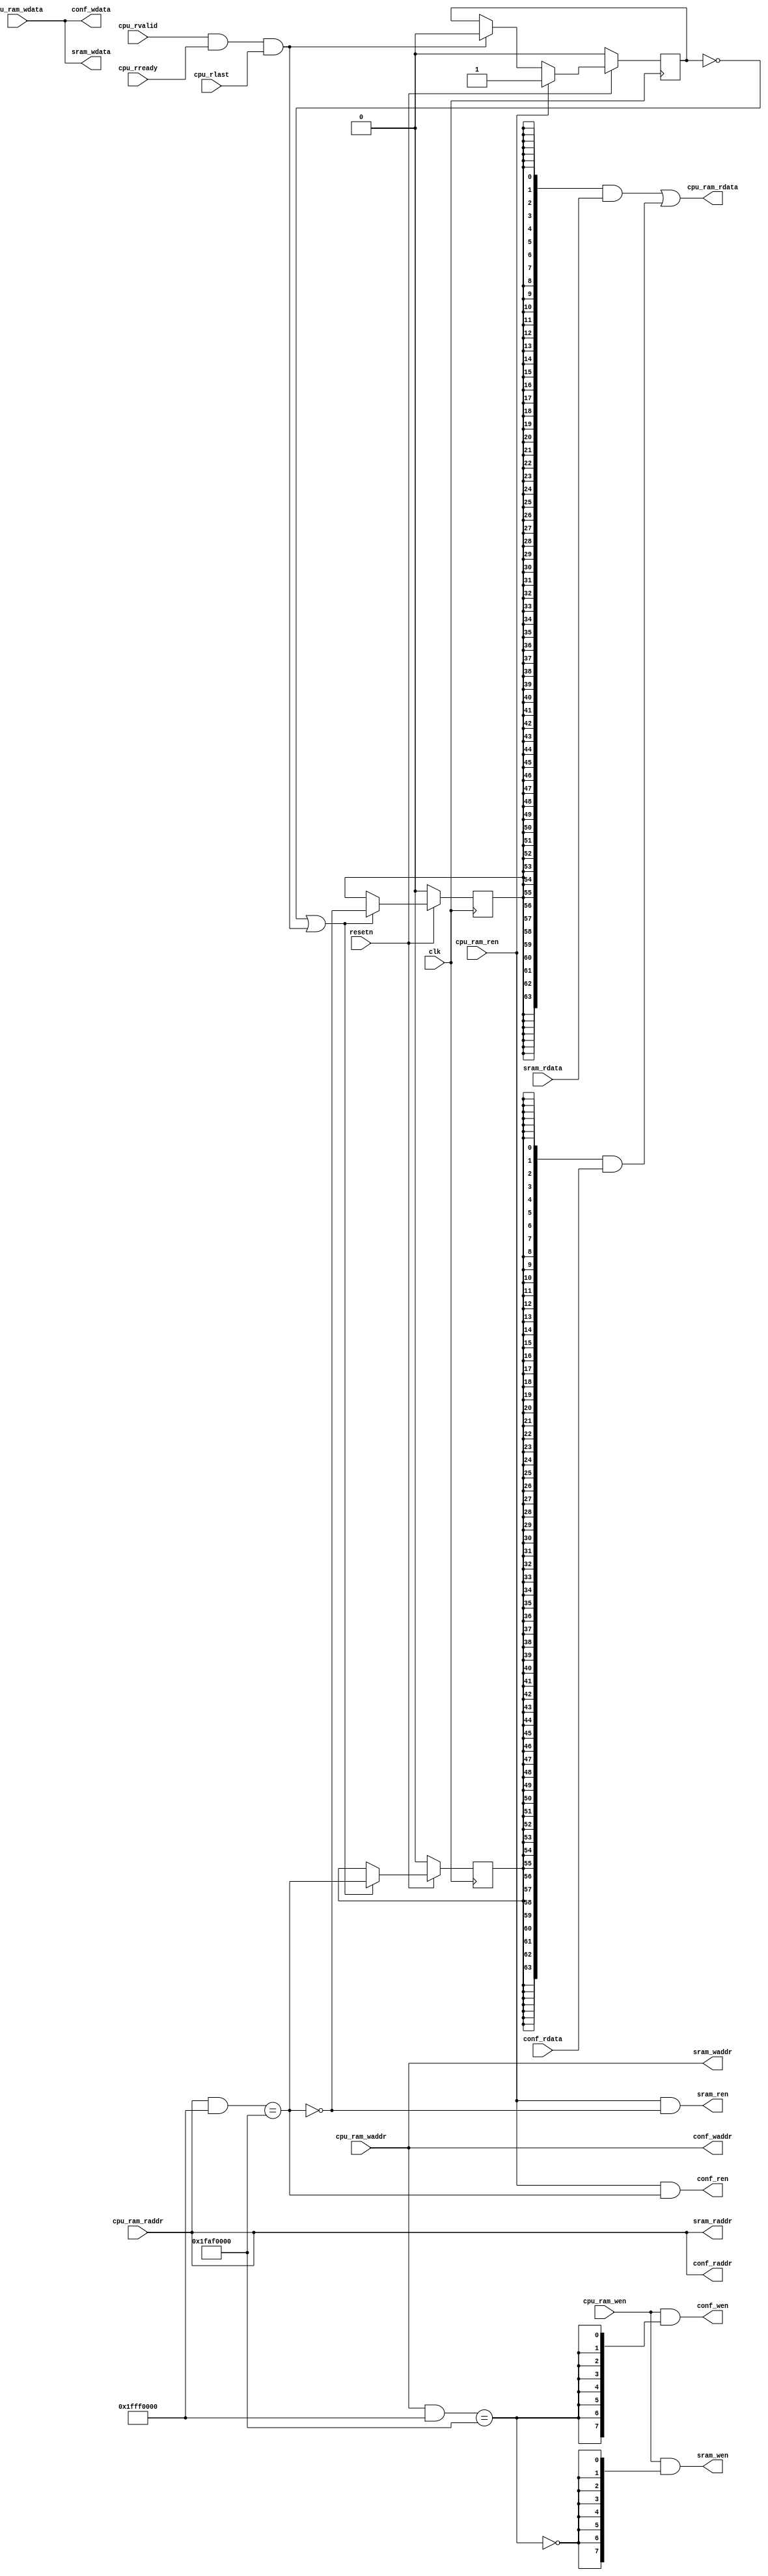
/*------------------------------------------------------------------------------
--------------------------------------------------------------------------------
Copyright (c) 2016, Loongson Technology Corporation Limited.

All rights reserved.

Redistribution and use in source and binary forms, with or without modification,
are permitted provided that the following conditions are met:

1. Redistributions of source code must retain the above copyright notice, this 
list of conditions and the following disclaimer.

2. Redistributions in binary form must reproduce the above copyright notice, 
this list of conditions and the following disclaimer in the documentation and/or
other materials provided with the distribution.

3. Neither the name of Loongson Technology Corporation Limited nor the names of 
its contributors may be used to endorse or promote products derived from this 
software without specific prior written permission.

THIS SOFTWARE IS PROVIDED BY THE COPYRIGHT HOLDERS AND CONTRIBUTORS "AS IS" AND 
ANY EXPRESS OR IMPLIED WARRANTIES, INCLUDING, BUT NOT LIMITED TO, THE IMPLIED 
WARRANTIES OF MERCHANTABILITY AND FITNESS FOR A PARTICULAR PURPOSE ARE 
DISCLAIMED. IN NO EVENT SHALL LOONGSON TECHNOLOGY CORPORATION LIMITED BE LIABLE
TO ANY PARTY FOR DIRECT, INDIRECT, INCIDENTAL, SPECIAL, EXEMPLARY, OR 
CONSEQUENTIAL DAMAGES (INCLUDING, BUT NOT LIMITED TO, PROCUREMENT OF SUBSTITUTE 
GOODS OR SERVICES; LOSS OF USE, DATA, OR PROFITS; OR BUSINESS INTERRUPTION) 
HOWEVER CAUSED AND ON ANY THEORY OF LIABILITY, WHETHER IN CONTRACT, STRICT 
LIABILITY, OR TORT (INCLUDING NEGLIGENCE OR OTHERWISE) ARISING IN ANY WAY OUT OF
THE USE OF THIS SOFTWARE, EVEN IF ADVISED OF THE POSSIBILITY OF SUCH DAMAGE.
--------------------------------------------------------------------------------
------------------------------------------------------------------------------*/

//*************************************************************************
//   > File Name   : bridge_1x2.v
//   > Description : bridge between cpu_ram and data ram, confreg
//   
//     master:    cpu_ram
//                   |  \
//     1 x 2         |   \  
//     bridge:       |    \                    
//                   |     \       
//     slave:      sram  confreg
//
//   > Author      : LOONGSON
//   > Date        : 2017-08-04
//*************************************************************************
`define CONF_ADDR_BASE 32'h1faf_0000
`define CONF_ADDR_MASK 32'h1fff_0000 //for bfaf or 1faf
module bridge_1x2#(                                 
    parameter   BUS_WIDTH  = 32,
    parameter   DATA_WIDTH = 64, 
    parameter   CPU_WIDTH  = 32
)
(
    input                           clk,               // clock 
    input                           resetn,            // reset, active low
    // master : cpu ram
    input                           cpu_ram_ren,       // cpu ram access enable
    input  [DATA_WIDTH/8-1      :0] cpu_ram_wen,       // cpu ram write byte enable
    input  [BUS_WIDTH-1         :0] cpu_ram_raddr,     // cpu ram address
    input  [BUS_WIDTH-1         :0] cpu_ram_waddr,     // cpu ram address
    input  [DATA_WIDTH-1        :0] cpu_ram_wdata,     // cpu ram write data
    output [DATA_WIDTH-1        :0] cpu_ram_rdata,     // cpu ram read data
    // slave : sram 
    output                          sram_ren,          // access sram enable
    output [DATA_WIDTH/8-1      :0] sram_wen,          // write enable 
    output [BUS_WIDTH-1         :0] sram_raddr,        // address
    output [BUS_WIDTH-1         :0] sram_waddr,        // address
    output [DATA_WIDTH-1        :0] sram_wdata,        // data in
    input  [DATA_WIDTH-1        :0] sram_rdata        // data out
    ,
    input                           cpu_rvalid,
    input                           cpu_rready,
    input                           cpu_rlast
    `ifndef RAND_TEST
    // slave : confreg 
    ,
    output                          conf_ren,          // access confreg enable 
    output [DATA_WIDTH/8-1      :0] conf_wen,          // access confreg enable 
    output [BUS_WIDTH-1         :0] conf_raddr,        // address
    output [BUS_WIDTH-1         :0] conf_waddr,        // address
    output [DATA_WIDTH-1        :0] conf_wdata,        // write data
    input  [DATA_WIDTH-1        :0] conf_rdata         // read data
    `endif
);
    wire cpu_one_transfer_end = cpu_rvalid && cpu_rready && cpu_rlast;
    wire read_sel_sram;  // cpu data is from data ram
    wire read_sel_conf;  // cpu data is from confreg

    wire write_sel_sram;  // cpu data is from data ram
    wire write_sel_conf;  // cpu data is from confreg

    assign read_sel_sram = !read_sel_conf;
    assign write_sel_sram = !write_sel_conf;


    // data sram
    assign sram_ren   = cpu_ram_ren & read_sel_sram;
    assign sram_wen   = cpu_ram_wen & {DATA_WIDTH/8{write_sel_sram}};
    assign sram_raddr = cpu_ram_raddr;
    assign sram_waddr = cpu_ram_waddr;
    assign sram_wdata = cpu_ram_wdata;

    // confreg
    `ifndef RAND_TEST
    assign read_sel_conf = (cpu_ram_raddr[31:0] & `CONF_ADDR_MASK) == `CONF_ADDR_BASE;
    assign write_sel_conf = (cpu_ram_waddr & `CONF_ADDR_MASK) == `CONF_ADDR_BASE;
    reg read_sel_sram_r; // reg of sel_dram 
    reg read_sel_conf_r; // reg of sel_conf 
    reg sel_not_change;

    assign conf_ren   = cpu_ram_ren & read_sel_conf;
    assign conf_wen   = cpu_ram_wen & {DATA_WIDTH/8{write_sel_conf}};
    assign conf_raddr = cpu_ram_raddr;
    assign conf_waddr = cpu_ram_waddr;
    assign conf_wdata = cpu_ram_wdata;

    always @ (posedge clk)
    begin
        if (!resetn)
        begin
            read_sel_sram_r <= 1'b0;
            read_sel_conf_r <= 1'b0;
        end
        else if (!sel_not_change||cpu_one_transfer_end)
        begin
            read_sel_sram_r <= read_sel_sram;
            read_sel_conf_r <= read_sel_conf;
        end
    end

    always @ (posedge clk)
    begin
        if (!resetn)
        begin
            sel_not_change <= 1'b0;
        end
        else if(cpu_ram_ren)
        begin
            sel_not_change <= 1'b1;
        end
        else if(cpu_one_transfer_end)
        begin
            sel_not_change <= 1'b0;
        end
    end

    assign cpu_ram_rdata =  {DATA_WIDTH{read_sel_sram_r}} & sram_rdata
                          | {DATA_WIDTH{read_sel_conf_r}} & conf_rdata;
    `else
    assign read_sel_conf  = 1'b0;
    assign write_sel_conf = 1'b0;

    assign cpu_ram_rdata =  sram_rdata;
    `endif


endmodule